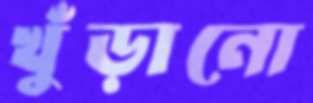
খুঁড়ানো